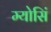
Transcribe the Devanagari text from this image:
म्योसिं